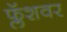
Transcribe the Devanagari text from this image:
फ्लॅशवर